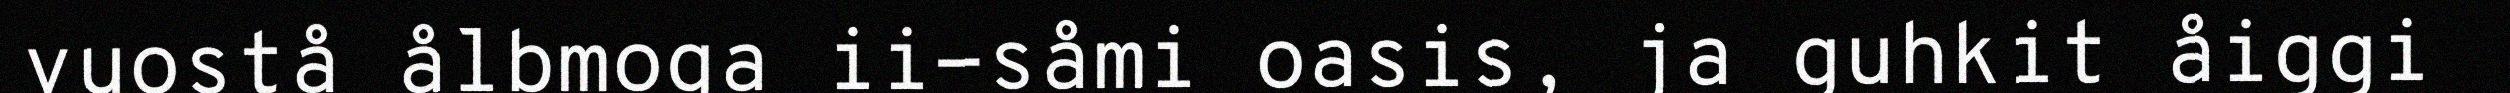
vuostå ålbmoga ii-såmi oasis, ja guhkit åiggi